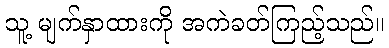
သူ့ မျက်နှာထားကို အကဲခတ်ကြည့်သည်။